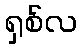
ရှစ်လ